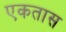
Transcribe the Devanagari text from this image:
एकतास